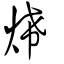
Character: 烯